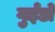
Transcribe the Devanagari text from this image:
गुईडो